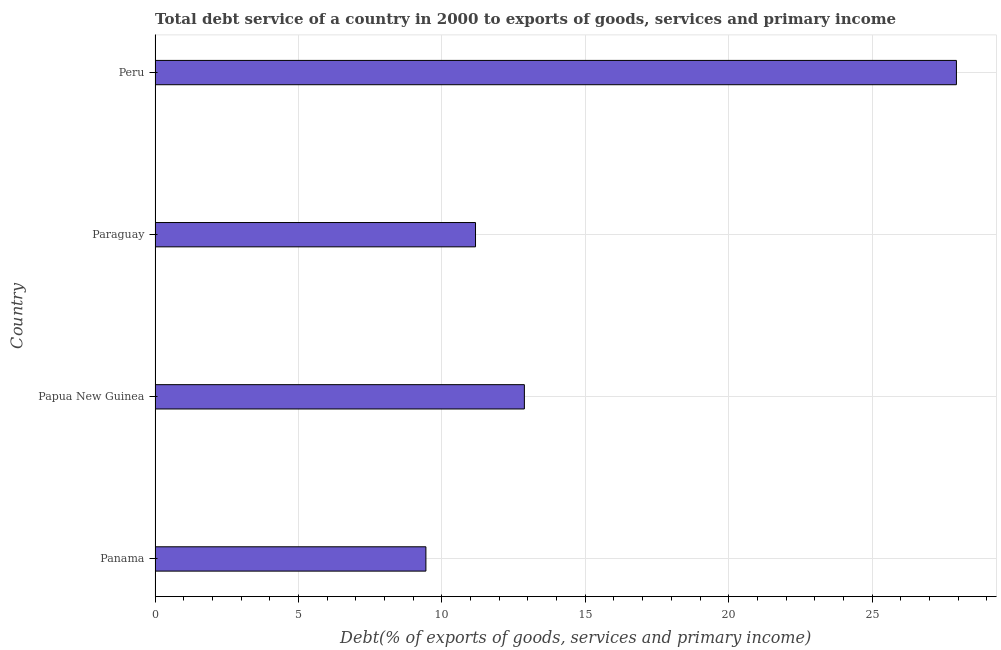
| Country | Total debt service |
 | --- | --- |
 | Panama | 9.44 |
 | Papua New Guinea | 12.9 |
 | Paraguay | 11.2 |
 | Peru | 27.9 |